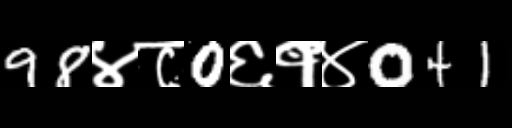
Text: 98४८0६१४041